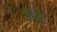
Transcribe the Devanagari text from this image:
प्रांशु